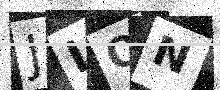
Text: JIQN